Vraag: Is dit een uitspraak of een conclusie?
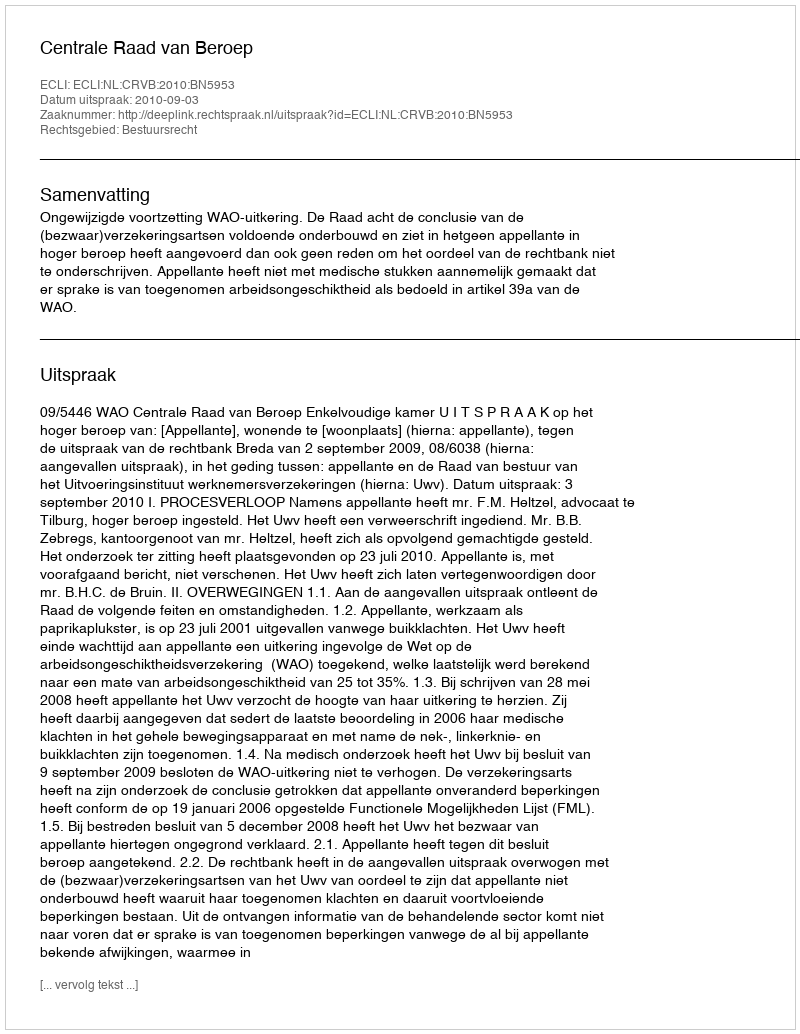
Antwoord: Uitspraak